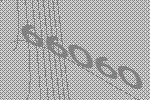
66060